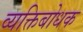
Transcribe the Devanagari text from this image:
व्यक्तिबोधक